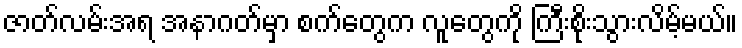
ဇာတ်လမ်းအရ အနာဂတ်မှာ စက်တွေက လူတွေကို ကြီးစိုးသွားလိမ့်မယ်။